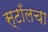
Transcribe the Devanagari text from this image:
स्टाँलचा